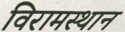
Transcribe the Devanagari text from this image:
विरामस्थान